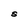
Character: S